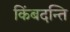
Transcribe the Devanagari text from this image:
किंबदन्ति